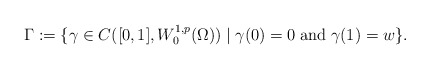
\begin{align*} \Gamma := \{ \gamma\in C([0,1],W_0^{1,p}(\Omega)) \mid \gamma(0)=0\;\mbox{and}\;\gamma(1)=w \}.\end{align*}